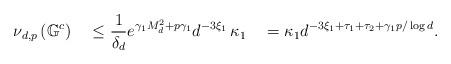
LaTeX: \begin{align*}\nu_{d,p}&\left( \mathbb G^c \right) \quad\leq\frac{1}{\delta_d} e^{\gamma_1 M_d^2+ p \gamma_1}d^{-3 \xi_1}\,\kappa_1 \quad=\kappa_1 d^{-3 \xi_1 + \tau_1+\tau_2 + \gamma_1 p /\log d}. \end{align*}